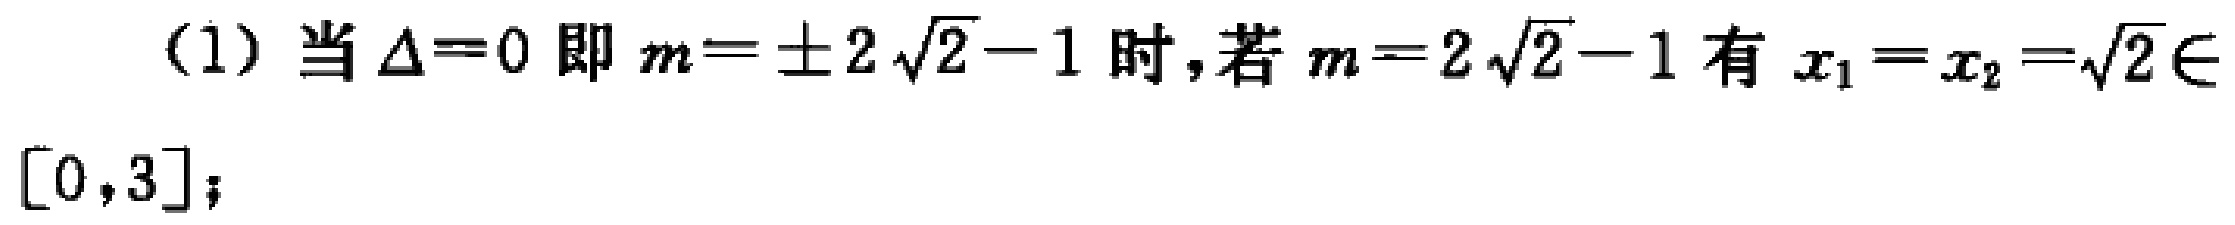
(1) 当 $\Delta = 0$ 即 $m = \pm 2\sqrt{2}-1$ 时, 若 $m = 2\sqrt{2}-1$ 有 $x_1 = x_2=\sqrt{2}\in [0,3]$;